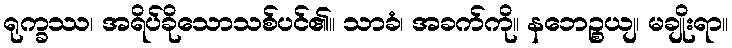
ရုက္ခဿ၊ အရိပ်ခိုသောသစ်ပင်၏။ သာခံ၊ အခက်ကို။ နဘေဉ္စယျ၊ မချိုးရာ။